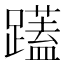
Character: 𮜝